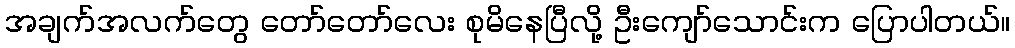
အချက်အလက်တွေ တော်တော်လေး စုမိနေပြီလို့ ဦးကျော်သောင်းက ပြောပါတယ်။